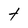
Character: t